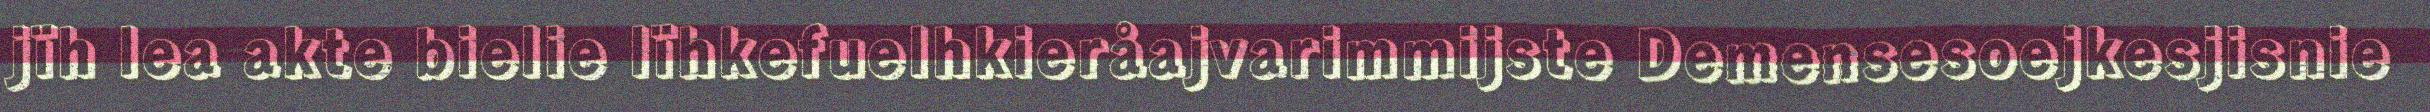
jïh lea akte bielie lïhkefuelhkieråajvarimmijste Demensesoejkesjisnie